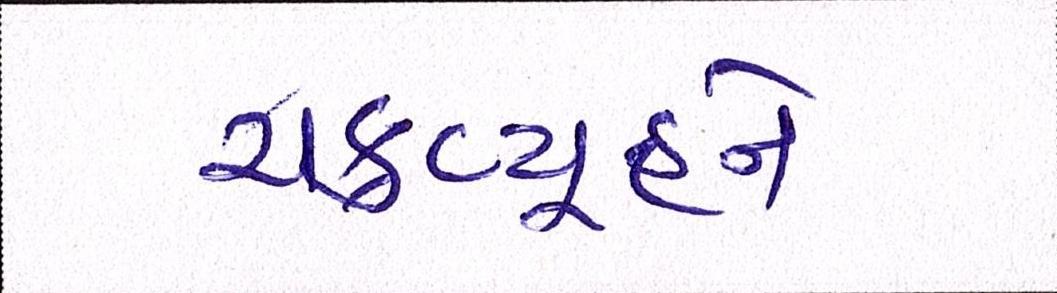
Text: ચક્રવ્યૂહને